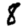
Digit: 8